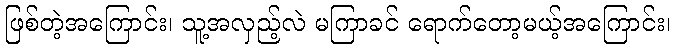
ဖြစ်တဲ့အကြောင်း၊ သူ့အလှည့်လဲ မကြာခင် ရောက်တော့မယ့်အကြောင်း၊